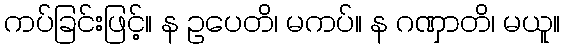
ကပ်ခြင်းဖြင့်။ န ဥပေတိ၊ မကပ်။ န ဂဏှာတိ၊ မယူ။